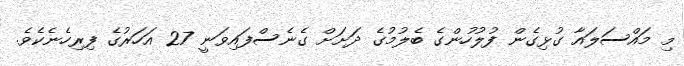
މި މައްސަލައާ ގުޅިގެން ފުލުހުންގެ ބެލުމުގެ ދަށަށް ގެނެސްފައިވަނީ 27 އަހަރުގެ ފިރިހެނެކެވެ.